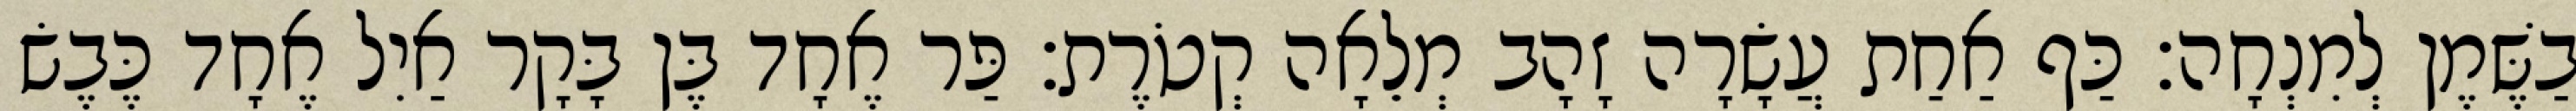
בַשֶּׁמֶן לְמִנְחָה׃ כַּף אַחַת עֲשָׂרָה זָהָב מְלֵאָה קְטֹרֶת׃ פַּר אֶחָד בֶּן בָּקָר אַיִל אֶחָד כֶּבֶשׂ